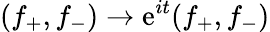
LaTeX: (f_{+},f_{-})\to\mathrm{e}^{it}(f_{+},f_{-})